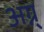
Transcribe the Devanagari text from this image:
अग्न्